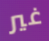
غير